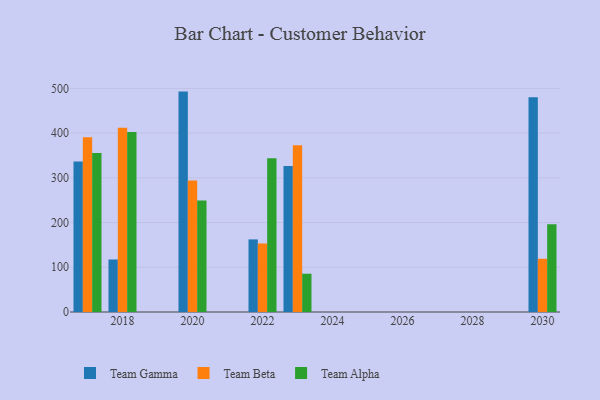
{"axis": {"x": "Year", "y": "Market Share (%)"}, "legend": ["Team Alpha", "Team Beta", "Team Gamma"], "data": [{"x": "2023", "y": 326.5, "type": "Team Gamma"}, {"x": "2023", "y": 372.8, "type": "Team Beta"}, {"x": "2023", "y": 85.6, "type": "Team Alpha"}, {"x": "2018", "y": 117.4, "type": "Team Gamma"}, {"x": "2018", "y": 411.7, "type": "Team Beta"}, {"x": "2018", "y": 402.4, "type": "Team Alpha"}, {"x": "2022", "y": 162.3, "type": "Team Gamma"}, {"x": "2022", "y": 153.2, "type": "Team Beta"}, {"x": "2022", "y": 343.7, "type": "Team Alpha"}, {"x": "2020", "y": 492.8, "type": "Team Gamma"}, {"x": "2020", "y": 294.2, "type": "Team Beta"}, {"x": "2020", "y": 249.2, "type": "Team Alpha"}, {"x": "2030", "y": 479.9, "type": "Team Gamma"}, {"x": "2030", "y": 119.0, "type": "Team Beta"}, {"x": "2030", "y": 196.0, "type": "Team Alpha"}, {"x": "2017", "y": 336.7, "type": "Team Gamma"}, {"x": "2017", "y": 390.9, "type": "Team Beta"}, {"x": "2017", "y": 355.7, "type": "Team Alpha"}]}